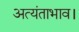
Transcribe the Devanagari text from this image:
अत्यंताभाव।